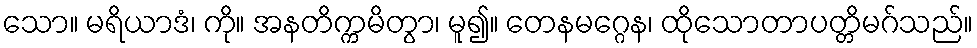
သော။ မရိယာဒံ၊ ကို။ အနတိက္ကမိတွာ၊ မူ၍။ တေနမဂ္ဂေန၊ ထိုသောတာပတ္တိမဂ်သည်။